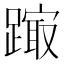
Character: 𨄒